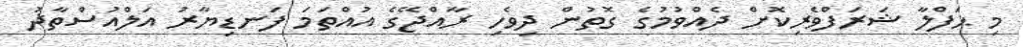
މި ޙަފްލާ ޝަރަފްވެރިކޮށް ދެއްވުމުގެ ގޮތުން ދިވެހި ރާއްޖޭގެ އުއްތަމަ ފަނޑިޔާރު އަލްއުސްތާޛު